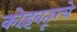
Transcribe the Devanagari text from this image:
कोइंबतूरचे